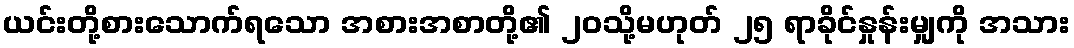
ယင်းတို့စားသောက်ရသော အစားအစာတို့၏ ၂၀သို့မဟုတ် ၂၅ ရာခိုင်နှုန်းမျှကို အသား